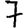
Digit: 7